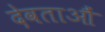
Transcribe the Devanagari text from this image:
देवताऔं